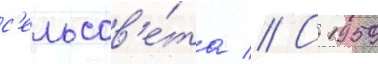
с'ельсов'е́та // С 1959